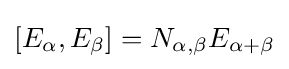
[E_{\alpha },E_{\beta }]=N_{\alpha ,\beta }E_{\alpha +\beta }